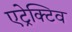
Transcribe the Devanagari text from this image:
एट्रेक्टिव